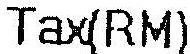
TAX(RM)